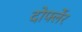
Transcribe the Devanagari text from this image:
दोर्फ्लेर